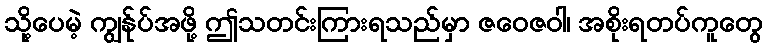
သို့ပေမဲ့ ကျွန်ုပ်အဖို့ ဤသတင်းကြားရသည်မှာ ဇဝေဇဝါ၊ အစိုးရတပ်ကူတွေ